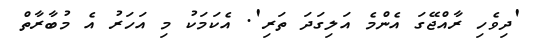
'ދިވެހި ރާއްޖޭގަ އެންމެ އަލިގަދަ ތަރި'. އެކަމަކު މި އަހަރު އެ މުބާރާތް